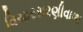
વિચારસરણીવાળા